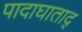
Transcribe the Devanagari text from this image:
पादाघाताद्